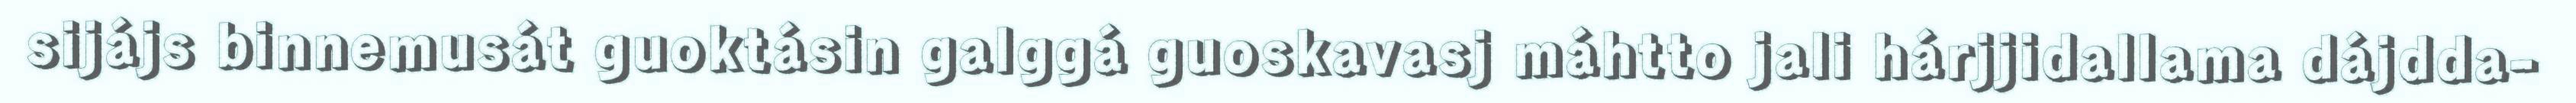
sijájs binnemusát guoktásin galggá guoskavasj máhtto jali hárjjidallama dájdda-